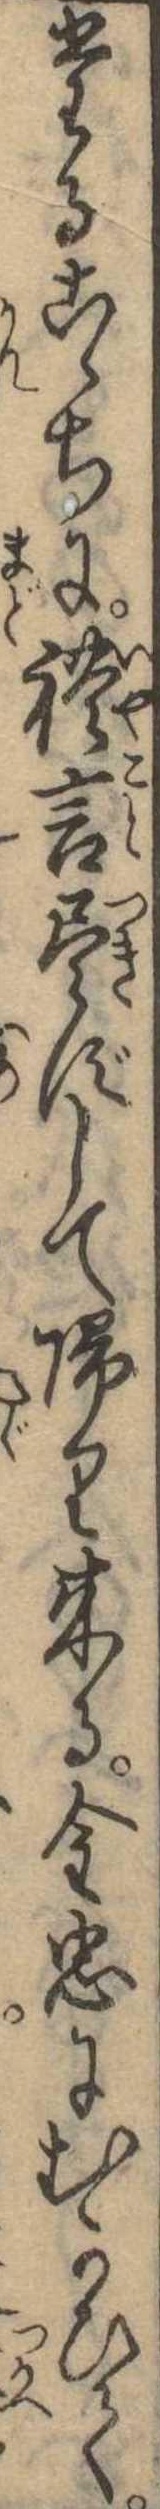
たるこゝちに礼言尽ずして帰り来る金忠にむかひて